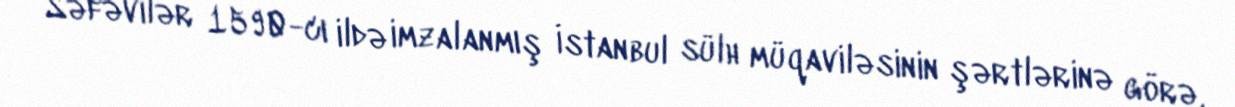
Səfəvilər 1590-cı ildə imzalanmış İstanbul sülh müqaviləsinin şərtlərinə görə,